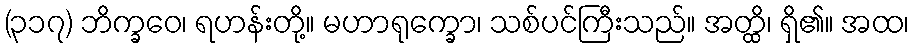
(၃၁၇) ဘိက္ခဝေ၊ ရဟန်းတို့။ မဟာရုက္ခော၊ သစ်ပင်ကြီးသည်။ အတ္ထိ၊ ရှိ၏။ အထ၊